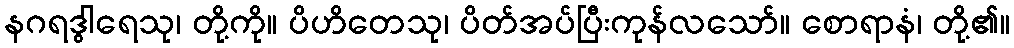
နဂရဒွါရေသု၊ တို့ကို။ ပိဟိတေသု၊ ပိတ်အပ်ပြီးကုန်လသော်။ စောရာနံ၊ တို့၏။